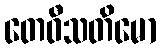
တေဝီသတိမော